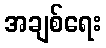
အချစ်ရေး